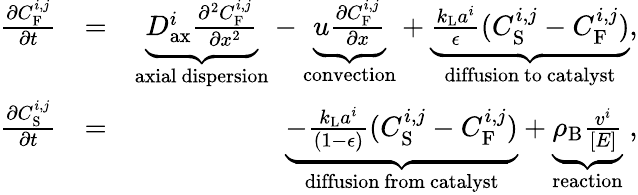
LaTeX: \begin{array}{rlr}{\frac{\partial C_{\mathrm{F}}^{i,j}}{\partial t}}&{=}&{\underbrace{D_{\mathrm{ax}}^{i}\frac{\partial^{2}C_{\mathrm{F}}^{i,j}}{\partial x^{2}}}_{\mathrm{axial~dispersion}}-\underbrace{u\frac{\partial C_{\mathrm{F}}^{i,j}}{\partial x}}_{\mathrm{convection}}+\underbrace{\frac{k_{\mathrm{L}}a^{i}}{\epsilon}(C_{\mathrm{S}}^{i,j}-C_{\mathrm{F}}^{i,j})}_{\mathrm{diffusion~to~catalyst}},}\\ {\frac{\partial C_{\mathrm{S}}^{i,j}}{\partial t}}&{=}&{\underbrace{\mathrm{-}\frac{k_{\mathrm{L}}a^{i}}{(1\mathrm{-}\epsilon)}(C_{\mathrm{S}}^{i,j}-C_{\mathrm{F}}^{i,j})}_{\mathrm{diffusion~from~catalyst}}+\underbrace{\rho_{\mathrm{B}}\frac{v^{i}}{[E]}}_{\mathrm{reaction}}\ ,}\end{array}